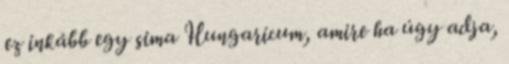
ez inkább egy sima Hungaricum, amire ha úgy adja,